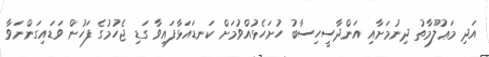
އަދި މަޢުލޫމާތު ދިނުމަށާއި އަންދާސީހިސާބު ހުށަހެޅުއްވުމަށް ކަނޑައަޅާފައިވާ ގަޑި ޖެހުމުގެ ފަހުން ވަޑައިގަންނަވާ